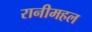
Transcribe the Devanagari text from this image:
रानीमहल